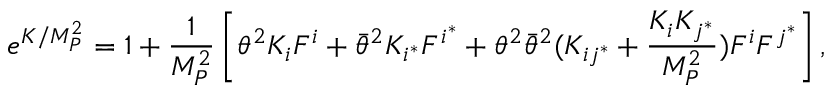
e ^ { K / M _ { P } ^ { 2 } } = 1 + \frac { 1 } { M _ { P } ^ { 2 } } \left[ \theta ^ { 2 } K _ { i } F ^ { i } + \bar { \theta } ^ { 2 } K _ { i ^ { * } } F ^ { i ^ { * } } + \theta ^ { 2 } \bar { \theta } ^ { 2 } ( K _ { i j ^ { * } } + \frac { K _ { i } K _ { j ^ { * } } } { M _ { P } ^ { 2 } } ) F ^ { i } F ^ { j ^ { * } } \right] ,